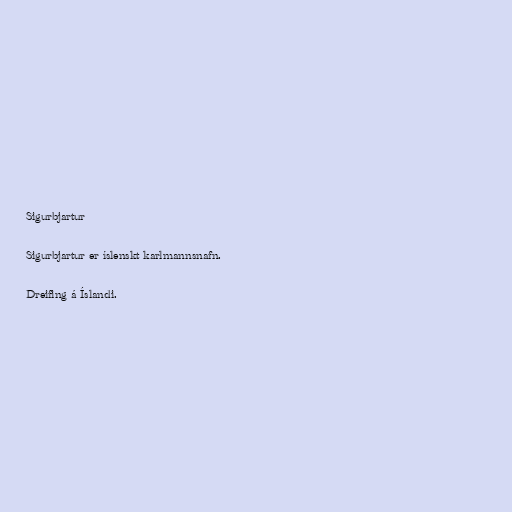
Sigurbjartur

Sigurbjartur er íslenskt karlmannsnafn.

Dreifing á Íslandi.